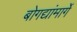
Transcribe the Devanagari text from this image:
बोगद्यांमार्गे